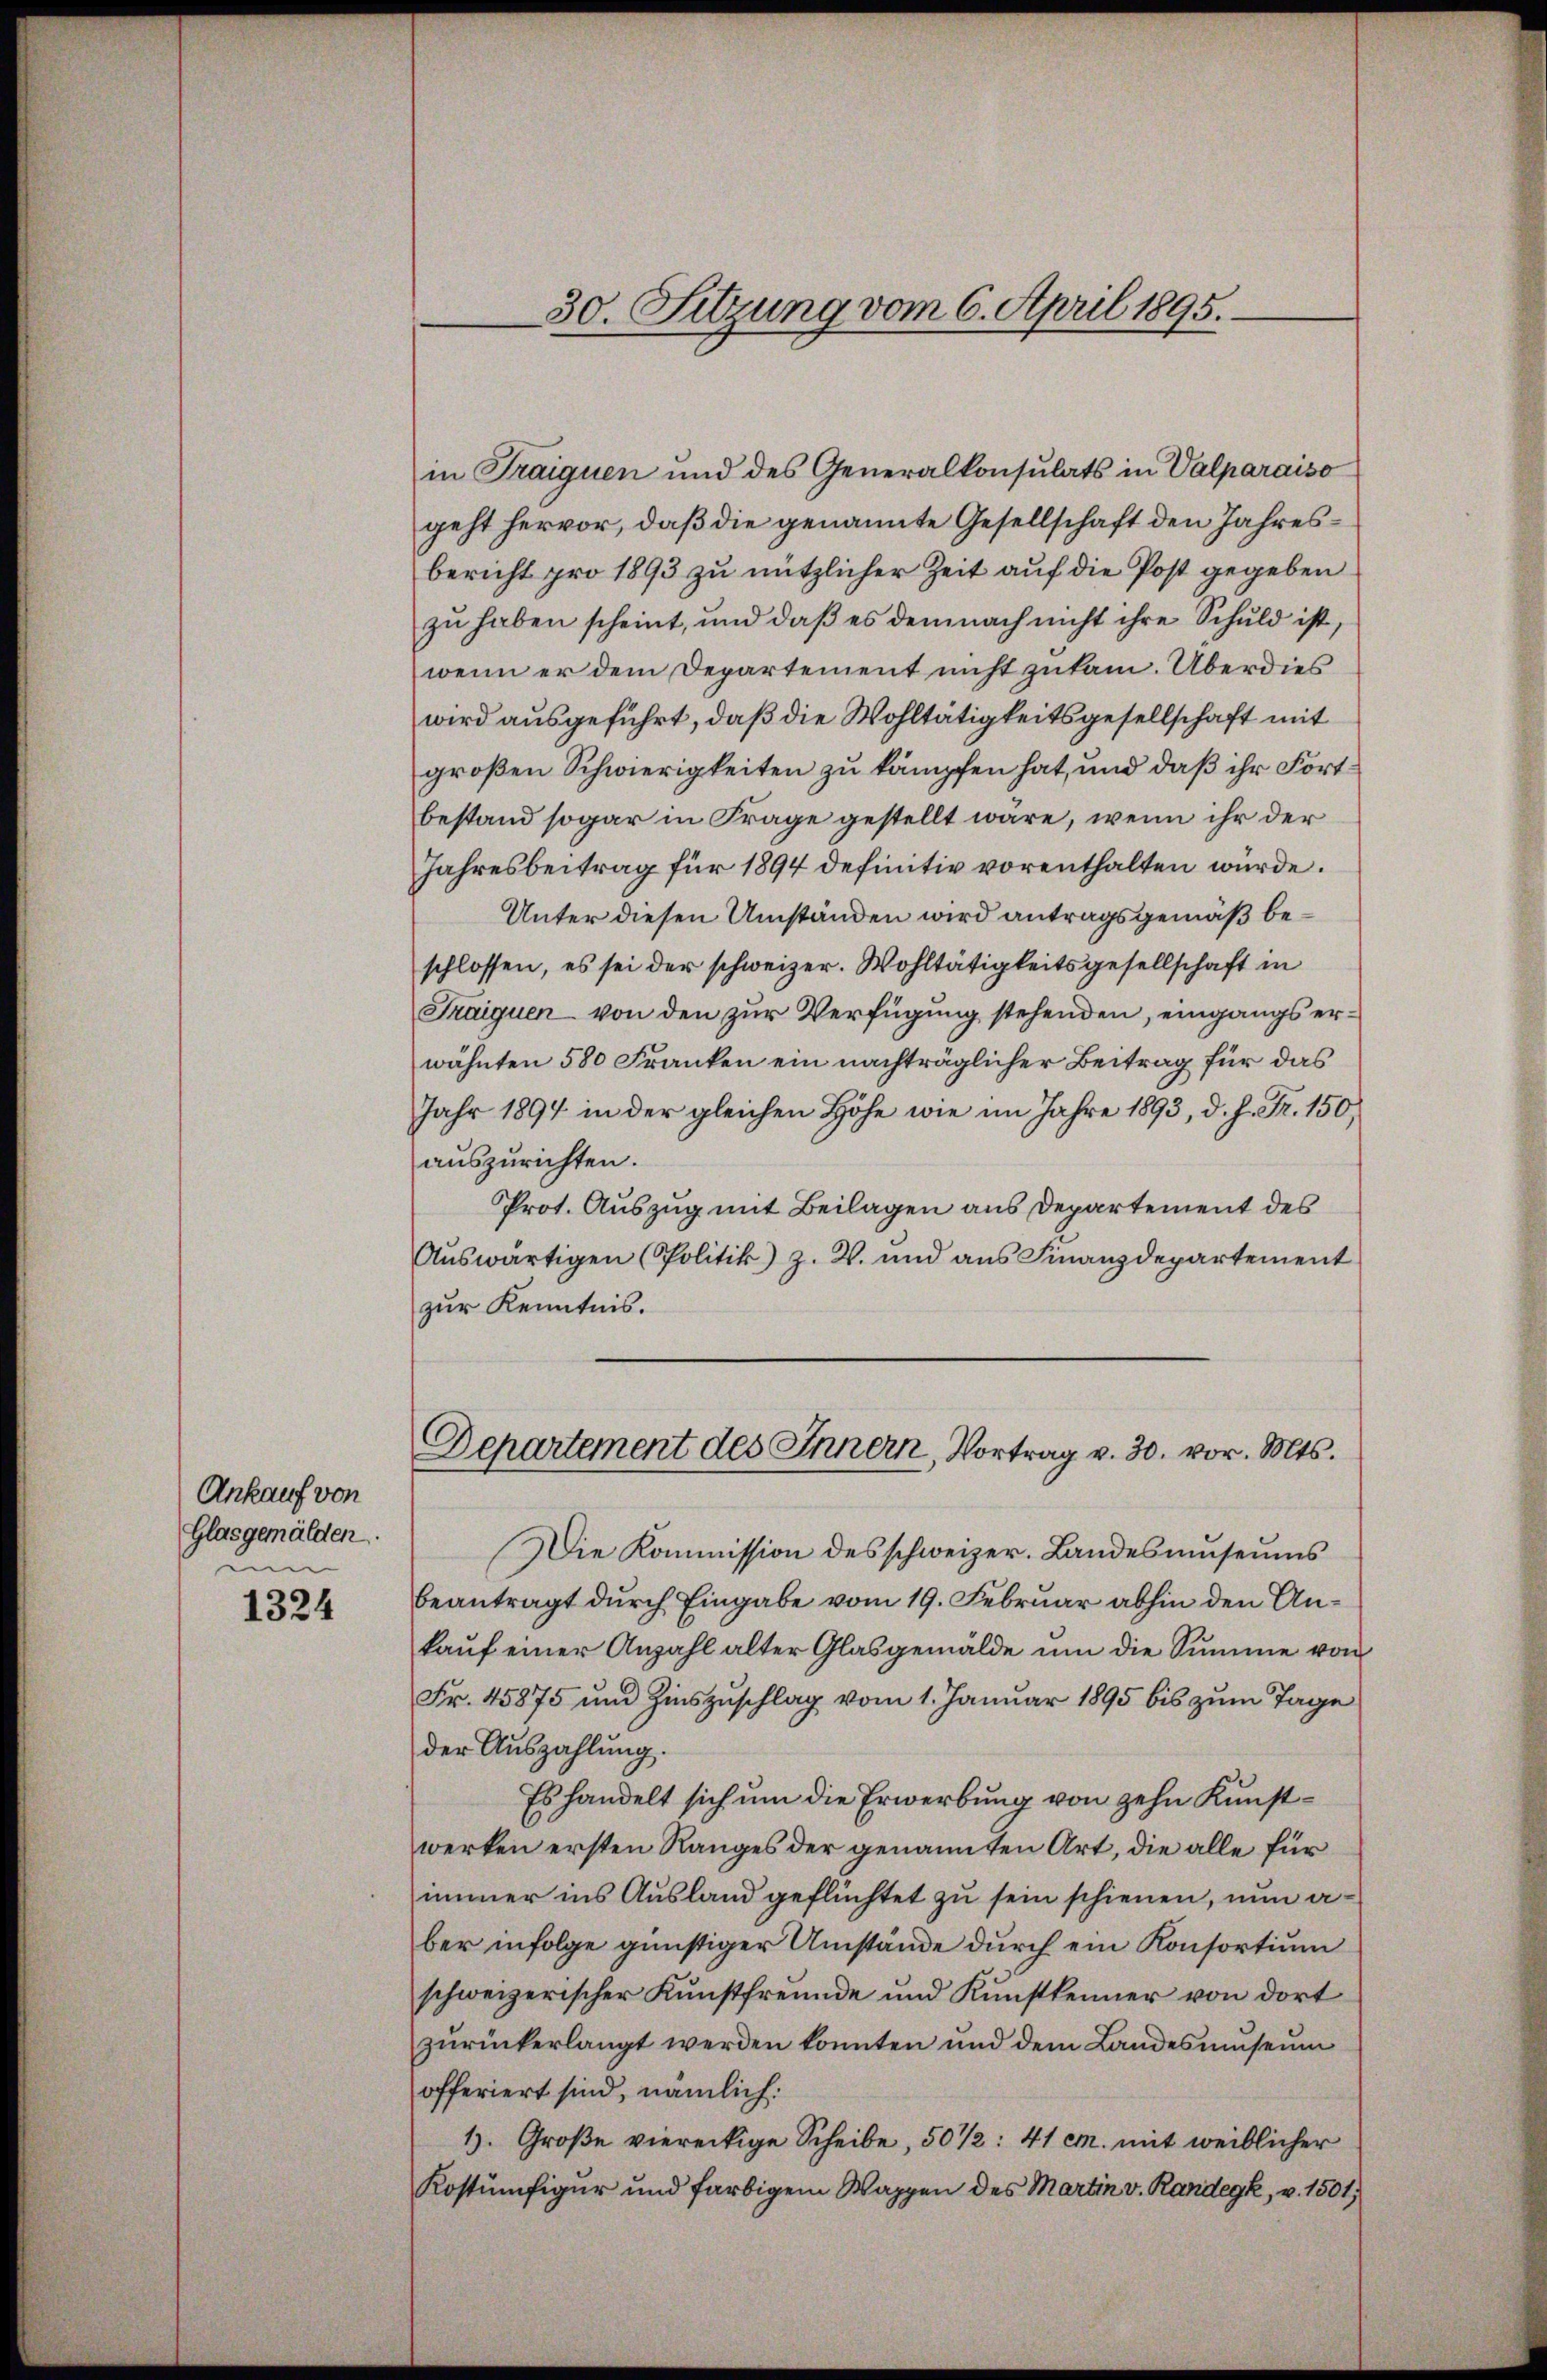
Ankauf von
Glasgemälden.
um

1324

30. Sitzung vom 6. April 1895.

in Traiquen und des Generalkonsulats in Valparaiso
geht hervor, daß die genannte Gesellschaft den Jahresbericht pro 1893 zu nützlicher Zeit auf die Post gegeben
zu haben scheint, und daß es demnach nicht ihre Schuld ist,
wenn er dem Departement nicht zukam. Überdies
wird ausgeführt, daß die Wohltätigkeitsgesellschaft mit
großen Schwierigkeiten zu kämpfen hat, und daß ihr Fortbestand sogar in Frage gestellt wäre, wenn ihr der
Jahresbeitrag für 1894 definitiv vorenthalten würde.
Unter diesen Umständen wird antragsgemäß beschlossen, es sei der schweizer. Wohltätigkeitsgesellschaft in
Fraiguen von den zur Verfügung stehenden, eingangs erwähnten 580 Franken ein nachträglicher Beitrag für das
Jahr 1894 in der gleichen Höhe wie im Jahre 1893, d. h. Fr. 150,
auszurichten.
Prot. Auszug mit Beilagen aus Departement des
Auswärtigen (Politik) z. B. und aus Finanzdepartement
zur Kenntnis.
Departement des Innern, Vortrag v. 30. vor. Mts.
Die Kommission des schweizer. Landes umseums
beantragt durch Eingabe vom 19. Februar abhin den Ankaŭf einer Anzahl alter Glasgemälde ŭm die Summe von
Fr. 45875 und Zinszuschlag vom 1. Januar 1895 bis zum Tage
der Auszahlung.
Es handelt sich um die Erwerbung von zehn Kunstwerken ersten Ranges der genannten Art, die alle für
immer ins Ausland geflüchtet zu sein schienen, nun aber infolge günstiger Umstände durch ein Konsortium
schweizerischer Kunstfreunde und Kunstkenner von dort
zurückerlangt werden konnten und dem Landesmuseum
offeriert sind, nämlich:
1). Große viereckige Scheibe, 50 1/2: 41 M. mit weiblicher
Kostümfigur und farbigem Wappen des Martin v. Randegk, v. 1501,